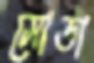
সোডা